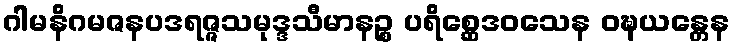
ဂါမနိဂမဇနပဒရဇ္ဇသမုဒ္ဒသီမာနဉ္စ ပရိစ္ဆေဒဝသေန ဝဍ္ဎယန္တေန